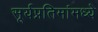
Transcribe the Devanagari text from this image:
सूर्यप्रतिमांमध्ये